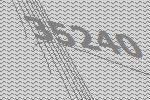
35240